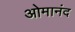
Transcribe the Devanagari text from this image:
ओमानंद